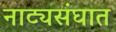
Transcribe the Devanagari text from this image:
नाट्यसंघात